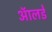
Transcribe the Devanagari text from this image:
ऑलडे